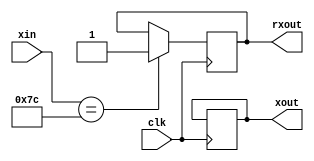
module vector(clk, xin, xout, rxout);
    input clk;
    input [6:0] xin;

    output reg [6:0] xout = 0;
    output reg rxout = 0;

    reg rx = 0;
    reg [2:0] speedcount = 0;
    
    always @(posedge clk) begin

        case(rx)
            1'b0: begin
                if (xin == 7'd124)
                    rxout <= 1'b1;
                        
                else if (speedcount >= 3'd2)
                    xout <= xin + 7'd1;
                end
            1'b1: begin
                if (xin == 7'd0)
                    rxout <= 1'b0;
                        
                else if (speedcount >= 3'd2)
                    xout <= xin - 7'd1;
                end
            default: rxout <= 1'b0;
        endcase
    end
endmodule